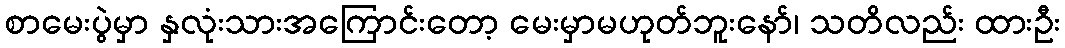
စာမေးပွဲမှာ နှလုံးသားအကြောင်းတော့ မေးမှာမဟုတ်ဘူးနော်၊ သတိလည်း ထားဦး